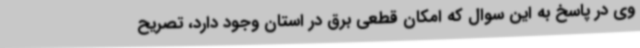
وی در پاسخ به این سوال که امکان قطعی برق در استان وجود دارد، تصریح